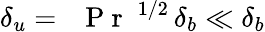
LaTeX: \delta_{u}=\mathrm{~\textit~{~P~r~}~}^{1/2}\, \delta_{b}\ll\delta_{b}